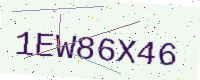
Text: 1EW86X46